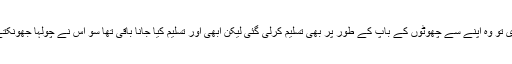
انہی دنوں اس نے کمیٹی ڈال کر بھائی کو پہلی سائیکل خرید کر دی تو وہ اپنے سے چھوٹوں کے باپ کے طور پر بھی تسلیم کرلی گئی لیکن ابھی اور تسلیم کیا جانا باقی تھا سو اس نے چولہا جھونکتے جھونکتے پرائیویٹ بی اے کے بعد بی ایڈ اور ایم اے تک کرلیا۔